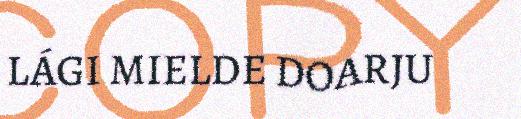
LÁGI MIELDE DOARJU